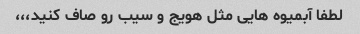
لطفا آبمیوه هایی مثل هویج و سیب رو صاف کنید،،،